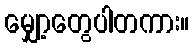
မျှော့တွေပါတကား။